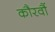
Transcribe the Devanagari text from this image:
कौरवौं